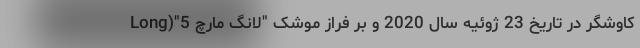
کاوشگر در تاریخ 23 ژوئیه سال 2020 و بر فراز موشک "لانگ مارچ 5"(Long